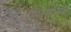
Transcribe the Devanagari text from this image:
संवेगनिष्ठ